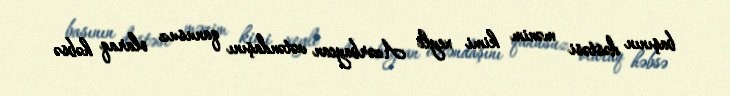
başının dəstəsi mənim kimi xeyli Azərbaycan vətəndaşını qanusuz olaraq həbsə